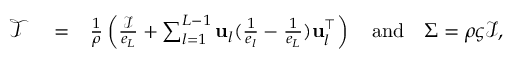
\begin{array} { r l r } { \mathcal { T } } & { { } = } & { \frac { 1 } { \rho } \left( \frac { \mathcal { I } } { e _ { L } } + \sum _ { l = 1 } ^ { L - 1 } \mathbf { u } _ { l } ( \frac { 1 } { e _ { l } } - \frac { 1 } { e _ { L } } ) \mathbf { u } _ { l } ^ { \top } \right) \quad \mathrm { a n d } \quad \Sigma = \rho \varsigma \mathcal { I } , } \end{array}